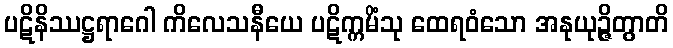
ပဋိနိဿဋ္ဌရာဂေါ ကိလေသနီယေ ပဋိက္ကမိံသု ထေရဝံသော အနုယုဉ္ဇိတွာတိ